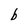
Character: b